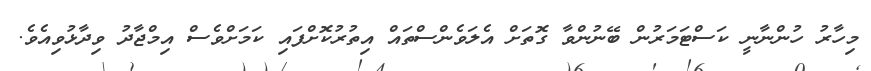
މިހާރު ހުންނާނީ ކަސްޓަމަރުން ބޭނުންވާ ގޮތަށް އެލަވެންސްތައް އިތުރުކޮށްފައި ކަމަށްވެސް އިމްޖާދު ވިދާޅުވިއެވެ.